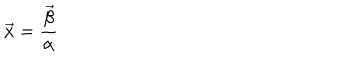
LaTeX: \vec { x } = { \frac { \vec { \beta } } { \alpha } }